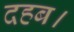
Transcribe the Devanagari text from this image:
दहब।